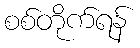
စစ်တိုက်ရန်